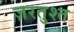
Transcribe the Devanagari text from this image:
ज़रतुश्त